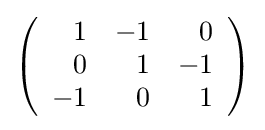
{\textstyle \left({\begin{array}{rrr}1&-1&0\\0&1&-1\\-1&0&1\\\end{array}}\right)}